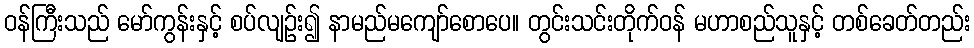
ဝန်ကြီးသည် မော်ကွန်းနှင့် စပ်လျဉ်း၍ နာမည်မကျော်စောပေ။ တွင်းသင်းတိုက်ဝန် မဟာစည်သူနှင့် တစ်ခေတ်တည်း